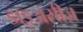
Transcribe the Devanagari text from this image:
डाइअसीज़